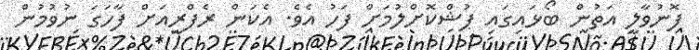
ފޮނުވާލީ އަތުން ބޯޅައިގައި ޕުޝްކޮށްލުމަށް ފަހު އެވެ. އެކަން ރެފްރީއަށް ފާހަގަ ނުވުމުން